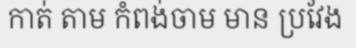
កាត់ តាម កំពង់ចាម មាន ប្រវែង